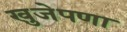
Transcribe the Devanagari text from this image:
खुजेपणा